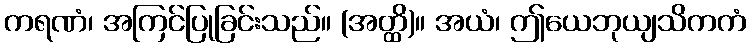
ကရဏံ၊ အကြင်ပြုခြင်းသည်။ (အတ္ထိ)။ အယံ၊ ဤယေဘုယျသိကကံ